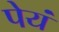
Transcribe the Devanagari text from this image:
पेयं